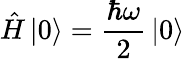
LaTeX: {\hat{H}}\left|0\right\rangle={\frac{\hbar\omega}{2}}\left|0\right\rangle